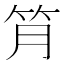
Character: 𥬅